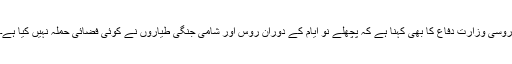
روسی وزارت دفاع کا بھی کہنا ہے کہ پچھلے نو ایام کے دوران روس اور شامی جنگی طیاروں نے کوئی فضائی حملہ نہیں کیا ہے۔